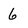
Character: 6